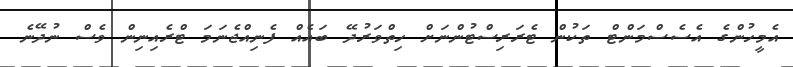
އެމީހުންގެ އެސެސްމަންޓް ތަކުން ޓެރަރިސްޓުންނަށް ހިތްވަރުދޭ ބައެއް ފެނިއްޖެނަމަ ޓްރެއިނިން ވެސް ނުދޭނެ